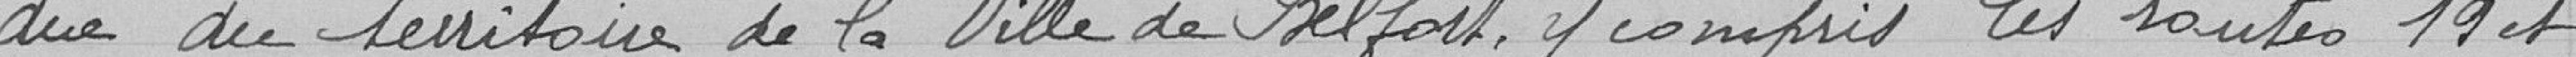
de surface occupée et par jour. Le même tarif est appliqué